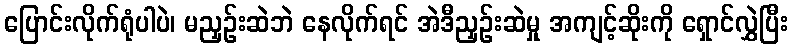
ပြောင်းလိုက်ရုံပါပဲ၊ မညှဉ်းဆဲဘဲ နေလိုက်ရင် အဲဒီညှဉ်းဆဲမှု အကျင့်ဆိုးကို ရှောင်လွှဲပြီး